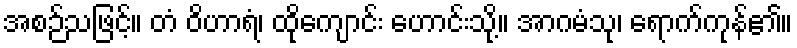
အစဉ်သဖြင့်။ တံ ဝိဟာရံ၊ ထိုကျောင်း ဟောင်းသို့။ အာဂမံသု၊ ရောက်ကုန်၏။